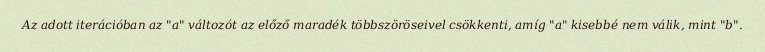
Az adott iterációban az "a" változót az előző maradék többszöröseivel csökkenti, amíg "a" kisebbé nem válik, mint "b".